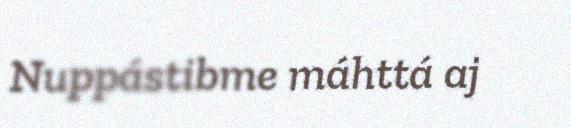
Nuppástibme máhttá aj